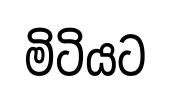
මිටියට